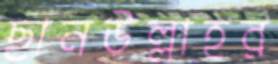
ছানউল্লাহর